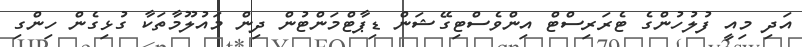
އަދި މިއީ ފުުލުހުންގެ ޓެރަރިސްޓް އިންވެސްޓިގޭޝަން ޑިޕާޓްމަންޓުން ދިން މައުލޫމާތަކާ ގުޅިގެން ހިންގި